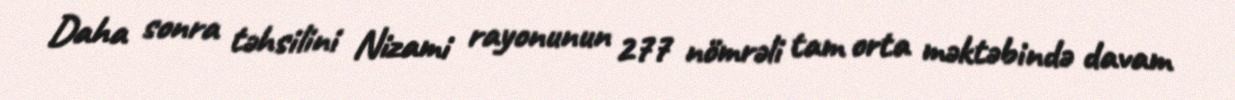
Daha sonra təhsilini Nizami rayonunun 277 nömrəli tam orta məktəbində davam